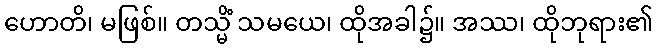
ဟောတိ၊ မဖြစ်။ တသ္မိံ သမယေ၊ ထိုအခါ၌။ အဿ၊ ထိုဘုရား၏